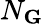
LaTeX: N_{\mathbf G}